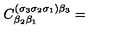
C _ { \beta _ { 2 } \beta _ { 1 } } ^ { ( \sigma _ { 3 } \sigma _ { 2 } \sigma _ { 1 } ) \beta _ { 3 } } =